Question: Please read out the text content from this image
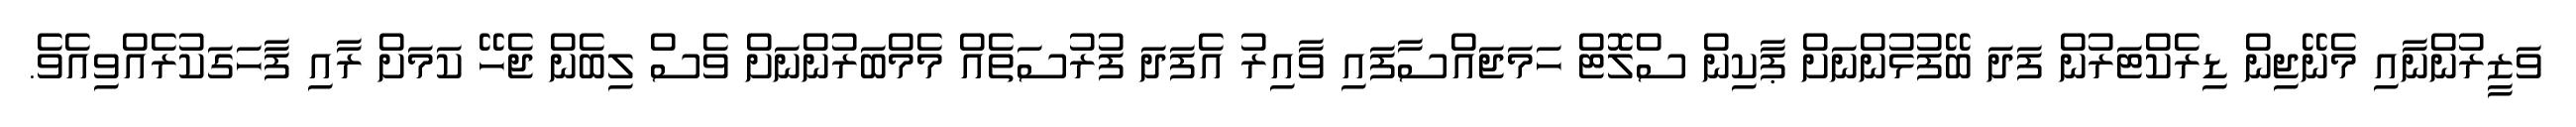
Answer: ވަޒީރުންނާއި މެނޭޖިން ޑިރެކްޓަރުން ފަދަ ބޭފުޅުންނަށް ޕާކިން ސްލޮޓް ހަމަޖައްސާފައި ވާއިރު އެފަދަ ފުރުސަތެއް މެމްބަރުންނަށް ވެސް ލިބެން ޖެހޭ ކަމަށް ރާއި ފާހަގަކުރެއްވިއެވެ.